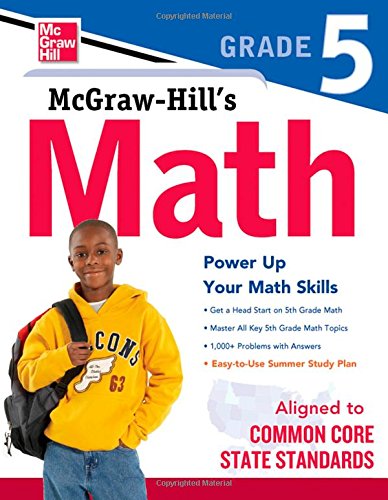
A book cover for McGraw-Hill's Math, Grade 5; McGraw-Hill Education; Test Preparation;